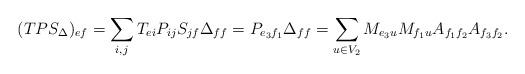
LaTeX: \begin{align*}(TPS_{\Delta})_{ef}=\sum_{i,j}T_{ei}P_{ij}S_{jf}\Delta_{ff}=P_{e_3f_1}\Delta_{ff}=\sum_{u\in V_2} M_{e_3u}M_{f_1u}A_{f_1f_2}A_{f_3f_2}.\end{align*}